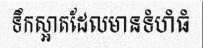
ទឹកស្អាតដែលមានទំហំធំ